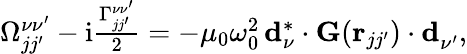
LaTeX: \begin{array}{r}{\Omega_{jj^{\prime}}^{\nu\nu^{\prime}}-\mathrm{i}\frac{\Gamma_{jj^{\prime}}^{\nu\nu^{\prime}}}{2}=-\mu_{0}\omega_{0}^{2}\, \mathbf{d}_{\nu}^{*}\cdot\mathbf{G}(\mathbf{r}_{jj^{\prime}})\cdot\mathbf{d}_{\nu^{\prime}}^{\phantom{*}},}\end{array}